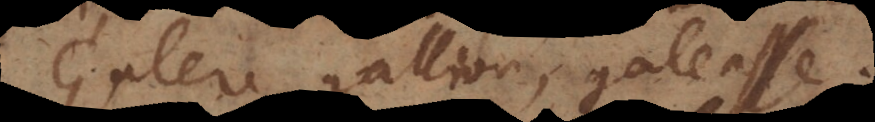
Galere, gallion, galeasse.